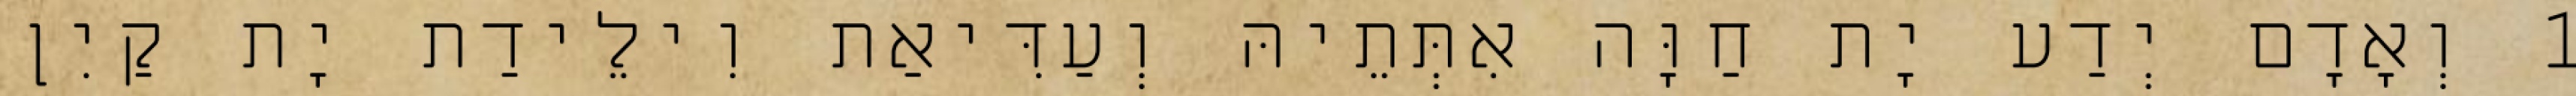
1 וְאָדָם יְדַע יָת חַוָּה אִתְּתֵיהּ וְעַדִּיאַת וִילֵידַת יָת קַיִן